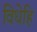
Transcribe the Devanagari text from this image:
विधेहि